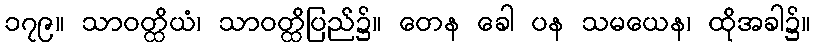
၁၇၉။ သာဝတ္ထိယံ၊ သာဝတ္ထိပြည်၌။ တေန ခေါ ပန သမယေန၊ ထိုအခါ၌။